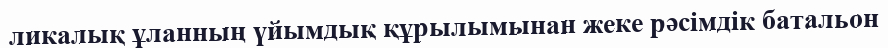
ликалық ұланның үйымдық құрылымынан жеке рәсімдік батальон